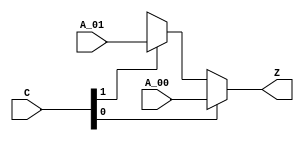
module mux_2_32_100(C, A_00, A_01, Z);
    input [1 : 0] C;
    input [31 : 0] A_00;
    input [31 : 0] A_01;
    output reg [31 : 0] Z;

  always @(*) begin
      case (1'b1)// pragma parallel_case
        C[0]: Z = A_00;
        C[1]: Z = A_01;
        default: Z = 'hX;
      endcase
  end
endmodule